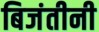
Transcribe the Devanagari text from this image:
बिजंतीनी